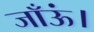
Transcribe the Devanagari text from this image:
जाँऊं।